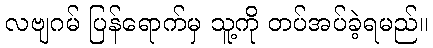
လဗျဂမ် ပြန်ရောက်မှ သူ့ကို တပ်အပ်ခဲ့ရမည်။